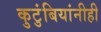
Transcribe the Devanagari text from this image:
कुटुंबियांनीही